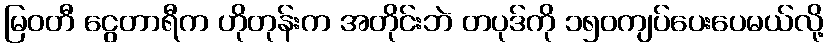
မြဝတီ ငွေတာရီက ဟိုတုန်းက အတိုင်းဘဲ တပုဒ်ကို ၁၅၀ကျပ်ပေးပေမယ်လို့